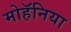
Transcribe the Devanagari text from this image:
मोहॅनिया